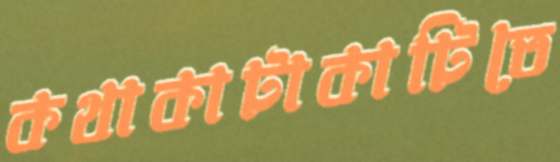
কথাকাটাকাটিতে